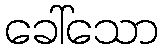
ခေါ်သော